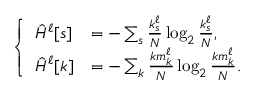
\left\{ \begin{array} { l l l } { \hat { H } ^ { \ell } [ s ] } & { = - \sum _ { s } \frac { k _ { s } ^ { \ell } } { N } \log _ { 2 } \frac { k _ { s } ^ { \ell } } { N } , } \\ { \hat { H } ^ { \ell } [ k ] } & { = - \sum _ { k } \frac { k m _ { k } ^ { \ell } } { N } \log _ { 2 } \frac { k m _ { k } ^ { \ell } } { N } . } \end{array} \right.